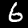
Digit: 6